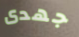
جهدى